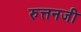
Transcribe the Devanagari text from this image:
रुत्तनजी